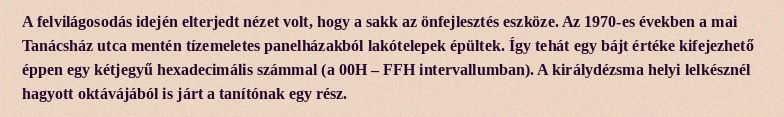
A felvilágosodás idején elterjedt nézet volt, hogy a sakk az önfejlesztés eszköze. Az 1970-es években a mai Tanácsház utca mentén tízemeletes panelházakból lakótelepek épültek. Így tehát egy bájt értéke kifejezhető éppen egy kétjegyű hexadecimális számmal (a 00H – FFH intervallumban). A királydézsma helyi lelkésznél hagyott oktávájából is járt a tanítónak egy rész.